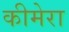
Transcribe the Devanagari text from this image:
कीमेरा